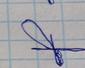
Signature authenticity: forged